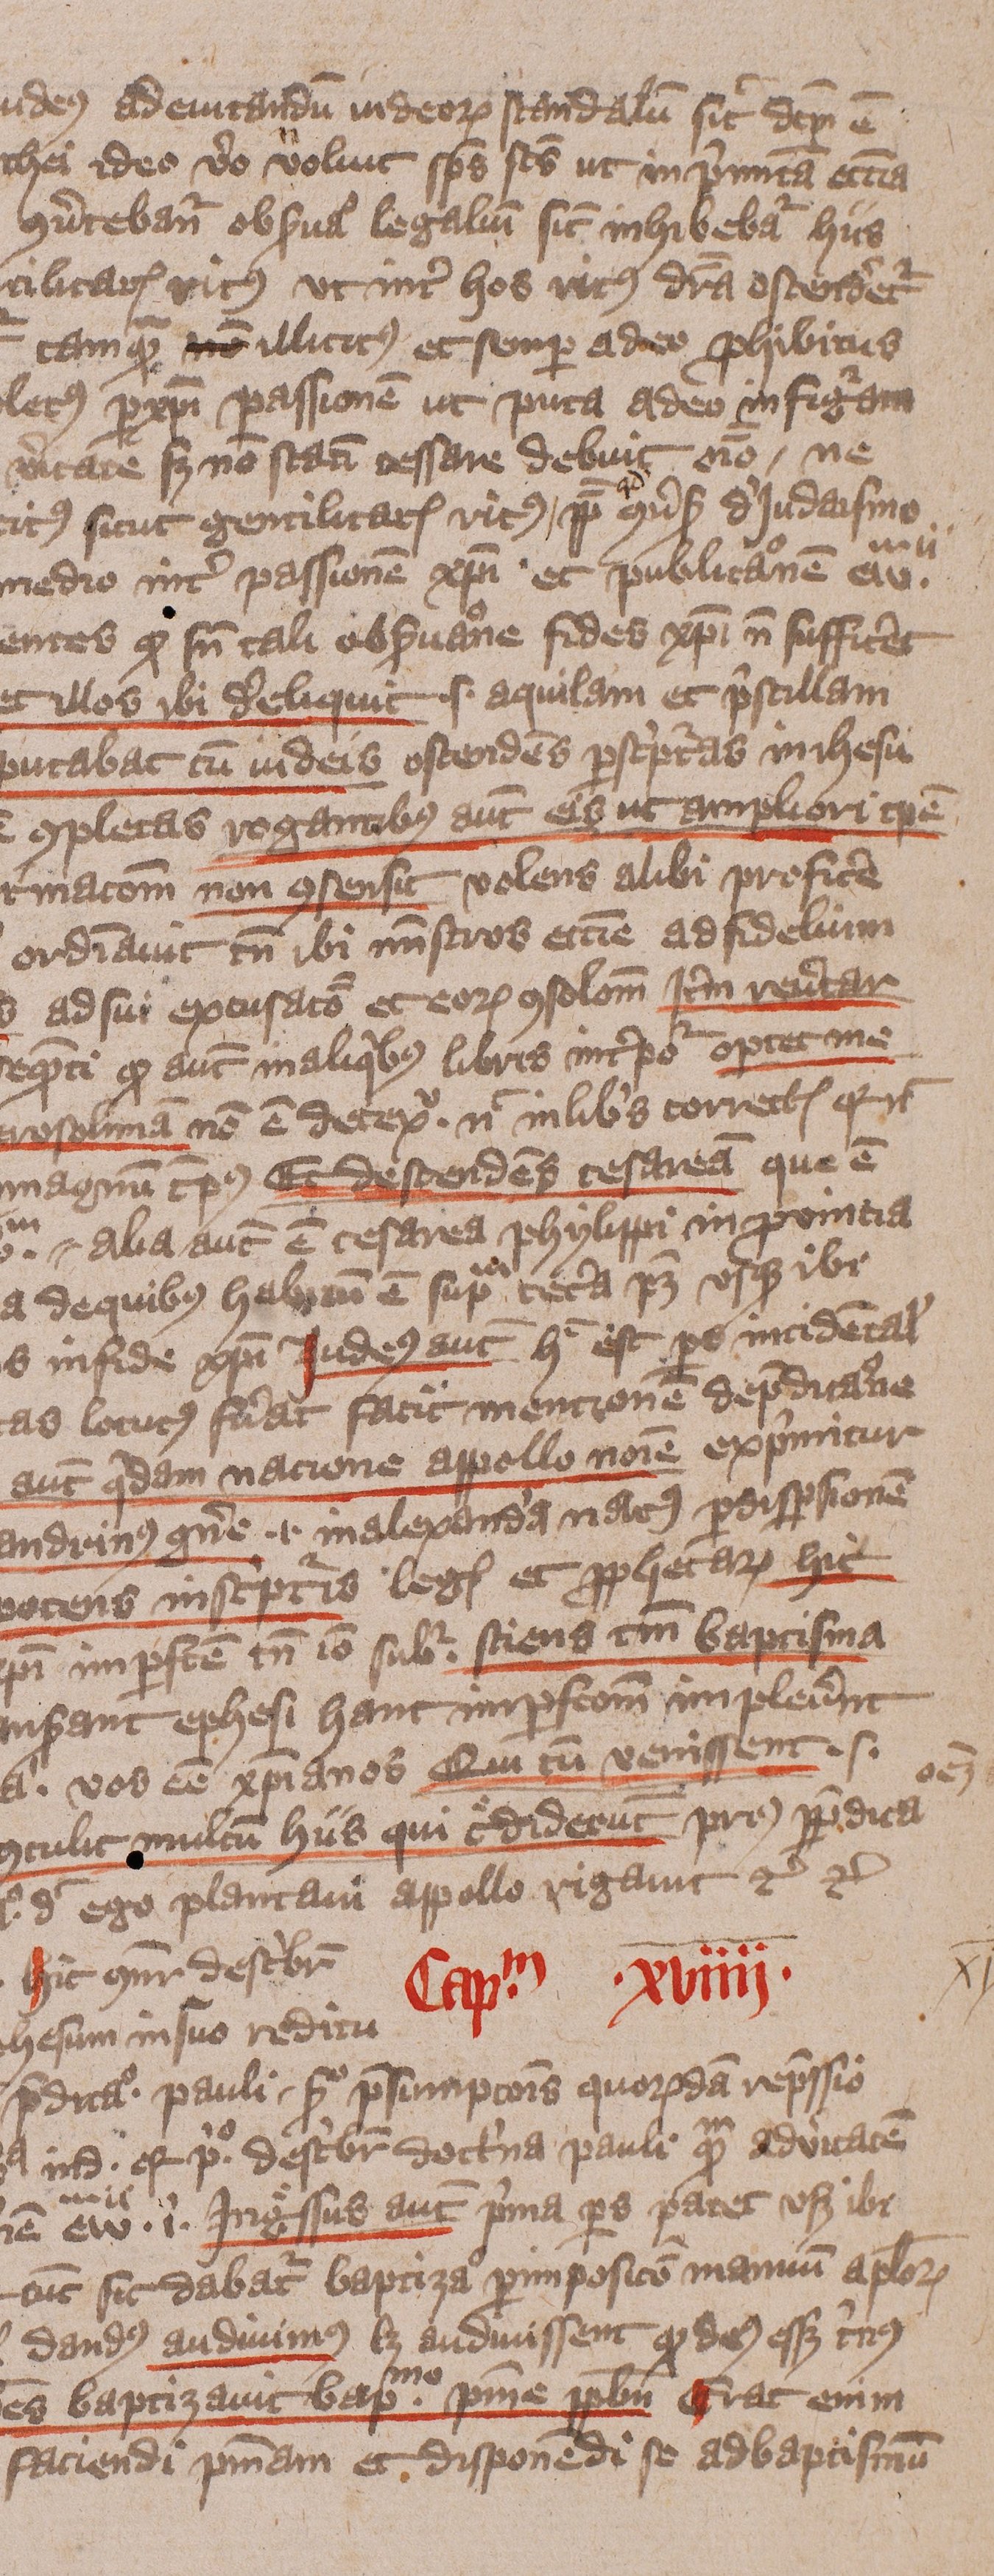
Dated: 1405–1407